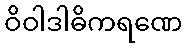
ဝိဝါဒါဓိကရဏေ